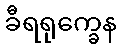
ခီရရုက္ခေန